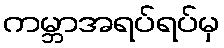
ကမ္ဘာအရပ်ရပ်မှ